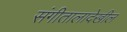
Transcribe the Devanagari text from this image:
संगीतालादेखील